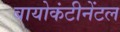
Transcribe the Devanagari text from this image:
बायोकंटीनेंटल